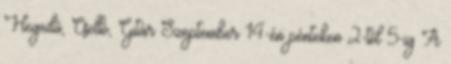
Hegedű, Cselló, Gitár Szeptember 14-én pénteken 2-től 5-ig A